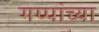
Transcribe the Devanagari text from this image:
गप्पांच्या